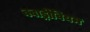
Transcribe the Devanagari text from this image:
क्वाड्रीवियम